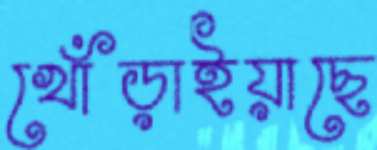
খোঁড়াইয়াছে